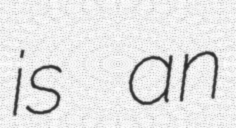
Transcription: is an